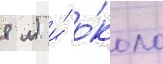
8 м) и́ о́коло